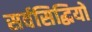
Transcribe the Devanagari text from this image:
सर्वसिद्धियों